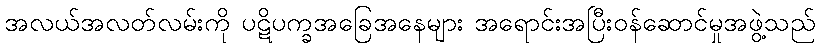
အလယ်အလတ်လမ်းကို ပဋိပက္ခအခြေအနေများ အရောင်းအပြီးဝန်ဆောင်မှုအဖွဲ့သည်